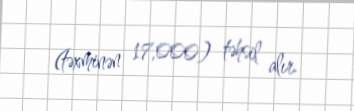
(təxminən 17,000) təhsil alır.